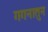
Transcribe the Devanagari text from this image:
गगनातुन